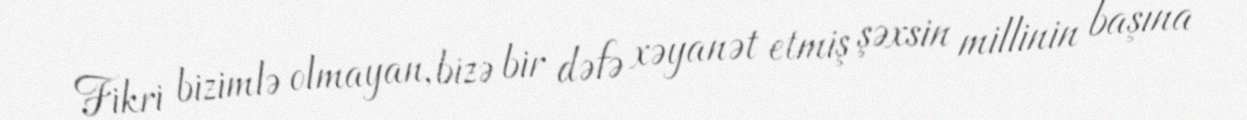
Fikri bizimlə olmayan, bizə bir dəfə xəyanət etmiş şəxsin millinin başına